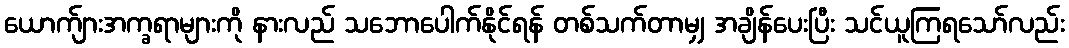
ယောက်ျားအက္ခရာများကို နားလည် သဘောပေါက်နိုင်ရန် တစ်သက်တာမျှ အချိန်ပေးပြီး သင်ယူကြရသော်လည်း